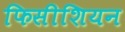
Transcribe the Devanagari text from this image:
फिसीशियन